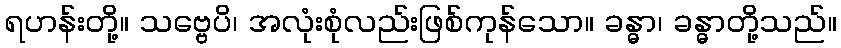
ရဟန်းတို့။ သဗ္ဗေပိ၊ အလုံးစုံလည်းဖြစ်ကုန်သော။ ခန္ဓာ၊ ခန္ဓာတို့သည်။